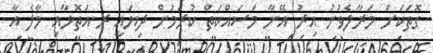
ގޮތަކަށް މަރާލެވުނު އިރު އޭނާ މަސައްކަތް ކުރަމުން ދިޔައީ ރ.އަތޮޅާއި މާލެ އާ